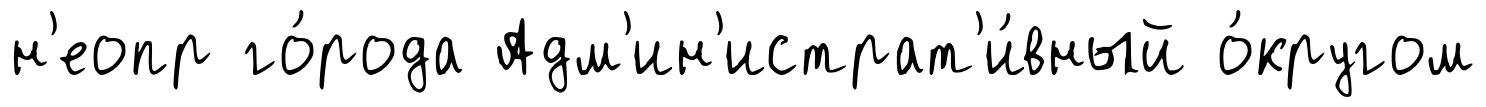
н'еопр го́рода Адм'ин'истрат'и́вный о́кругом